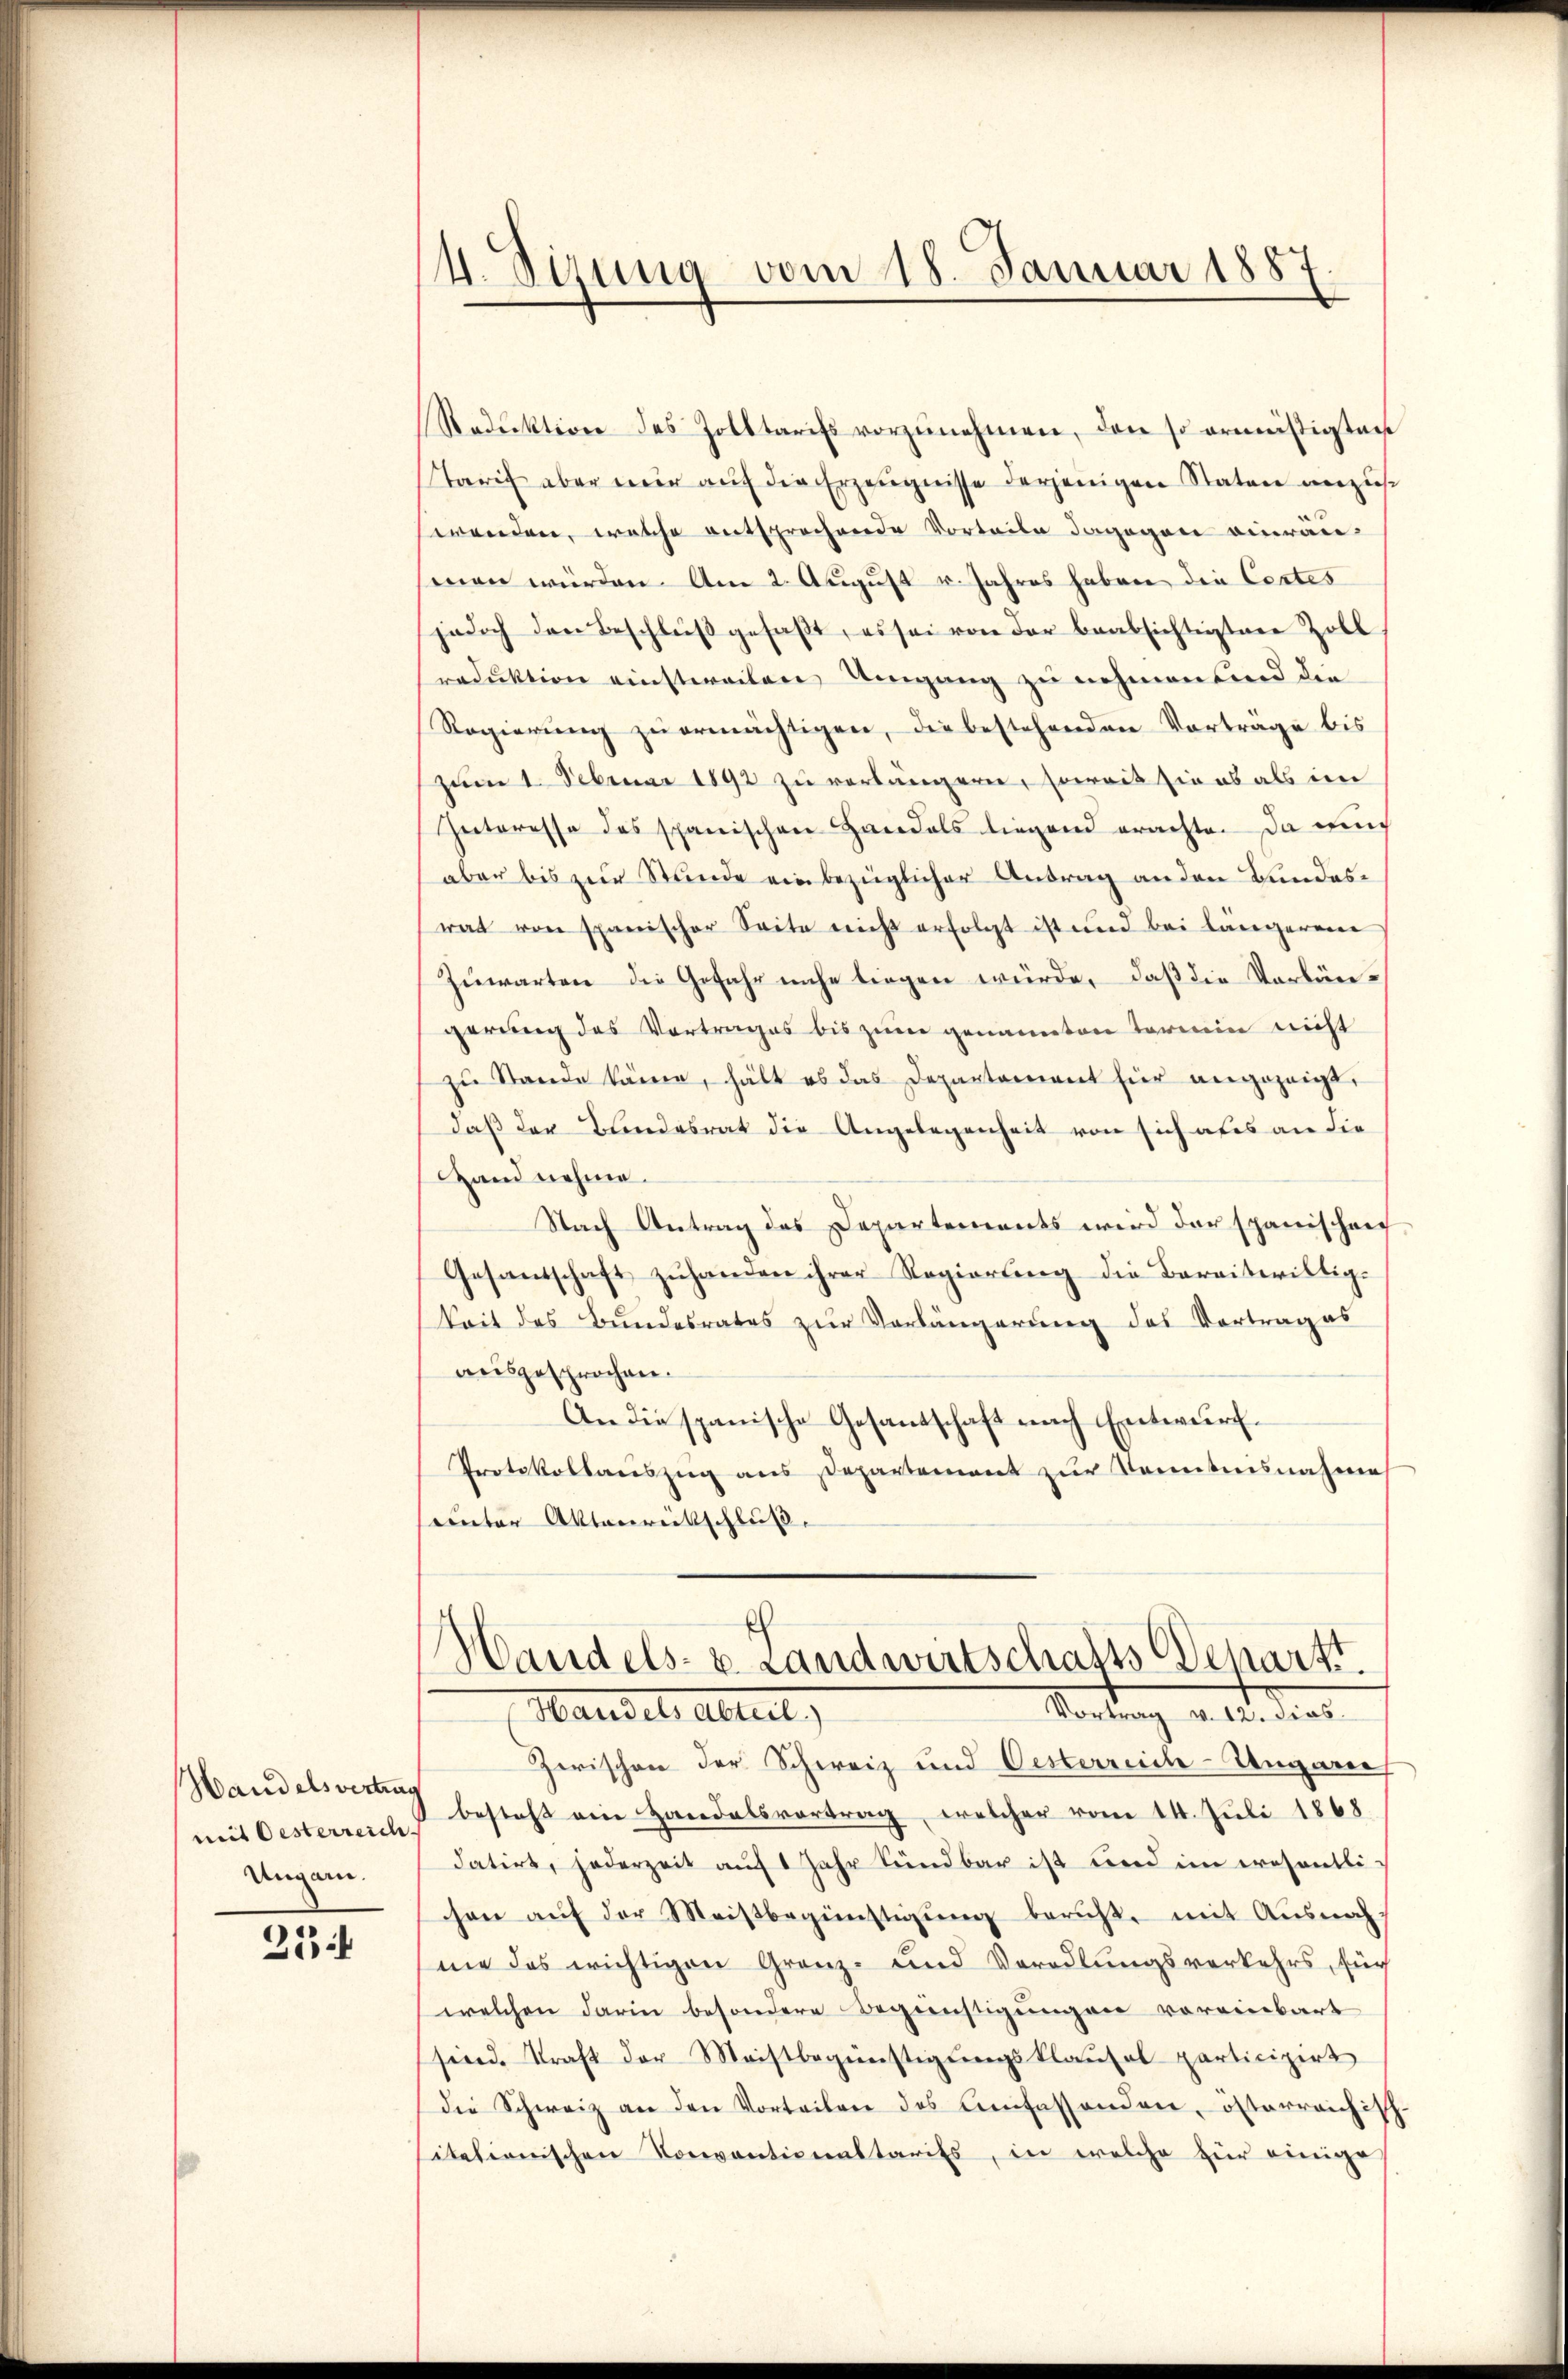
Handelsvertrag
mit Oesterreich.
Ungar.

25

4. Sizung vom 18. Januar 1887

Reduktion des Zolltarifs vorzŭnehmen, den so ermäßigten
Tarif aber mir auf die Erzeugnisse derjenigen Staten anzuswenden, welche entsprochende Vorteile dagegen einrau
men würden. Am 2. August v. Jahres haben die Cortes
jedoch den Beschluβ gefaβt, es sei von der beabsichtigten Zoll
reduktion einstweilen Umgang zu nehmen sind die
Regierung zu ermächtigen, die bestehenden Vortrage bis
zum 1. Februar 1892 zu verlängern, soweit sie es als im
Interesse des spanischen Handels liegend erachte. Da nun
aber bis zur Stunde ein bezüglicher Antrag an den Bundesrat von spanischer Seite nicht erfolgt ist und bei längerene
Zuwarten die Gefahr nahe liegen würde, daß die Verlängerung des Vortrages bis zum genannten Termin nicht
zu Stande käme, hält es das Departament hier angezeigt,
daß der Blindesrat die Angelegenheit von sich aber an die
Hand nehme.
Nach Antrag des Departements wird der spanischei
Gesandschaft zŭhanden ihrer Regierŭng die Bereitwilligkeit des Bundesrates zur Vorlängerung des Vortrages
ausgesprochen.
An die spanische Gesandschaft nach Entwurf
Protokollariszug aus Departement zur Kenntnisnahme
uunter Aktenretschluß.

Handels- u. Landwirtschafts Depart.
Vortrag v. 12. dies
Marsche Abteil

Zwischen der Schweiz und Oesterreich-Ungane
besteht ein Handelsvortrag, welcher vom 14. Juli 1868
datirt, jederzeit aŭf 1 Jahr kündbar ist und im wesentli
chen aŭf der Meißbegünstigŭng beruht, mit Ausnah-
ne das wichtigen Granz- und Vorodlungsverkehrs, für
welchen darin besondere Begünstigungen voreinbart
sind. Kraft der Meistbegünstigungsklaufel particizirt
die Schweiz an den Vorteilen des Anfassenden, osterreichisch-
itationischen Conventionaltarifs, in welche für einige